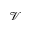
\mathcal { V }